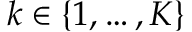
k \in \{ 1 , \ldots , K \}